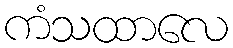
ကံသထာလေ